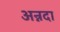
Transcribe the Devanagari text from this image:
अन्नदा